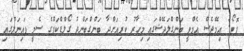
ފޮޓޯ: އިމޭޖެސް އެމްވީ ބަންގްލަދޭޝްގައި މިހާރު ކުރިއަށްދާ ބަންގްބަންދު ގޯލްޑްކަޕްގެ ސެމީ ފައިނަލްގައި